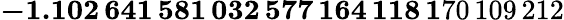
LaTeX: \mathbf{-1.102\, 641\, 581\, 032\, 577\, 164\, 118\, 1}70\, 109\, 212